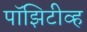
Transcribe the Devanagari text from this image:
पॉझिटीव्ह